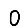
Digit: 0